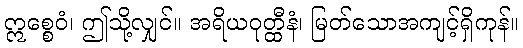
ဣစ္စေဝံ၊ ဤသို့လျှင်။ အရိယဝုတ္ထီနံ၊ မြတ်သောအကျင့်ရှိကုန်။